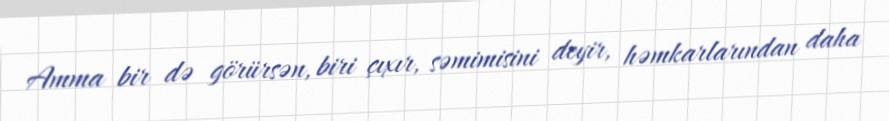
Amma bir də görürsən, biri çıxır, səmimisini deyir, həmkarlarından daha